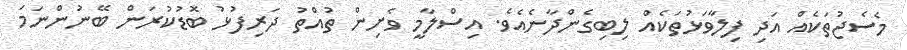
މެސެޖުތަކެއް އަދި ފިލާވަޅުތަކެއް ލިބިގެންދާނެއެވެ. އިސްލާމީ ވެށިން ތުއްތު ދަރިފުޅު ބޮޑުކުރަން ބޭނުންނަމަ